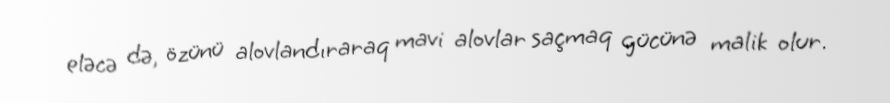
eləcə də, özünü alovlandıraraq mavi alovlar saçmaq gücünə malik olur.